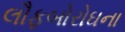
લૌફબોરોઘના